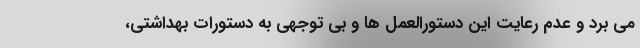
می برد و عدم رعایت این دستورالعمل ها و بی توجهی به دستورات بهداشتی،